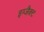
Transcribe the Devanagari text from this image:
इग्जैक्ट